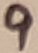
Text: 9